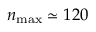
n _ { \mathrm { m a x } } \simeq 1 2 0